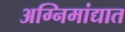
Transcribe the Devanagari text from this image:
अग्निमांद्यात